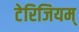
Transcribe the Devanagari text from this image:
टेरिजियम्